38_143685_box_Incident_Summaries_173-233
Agency: Department of War
Page 122
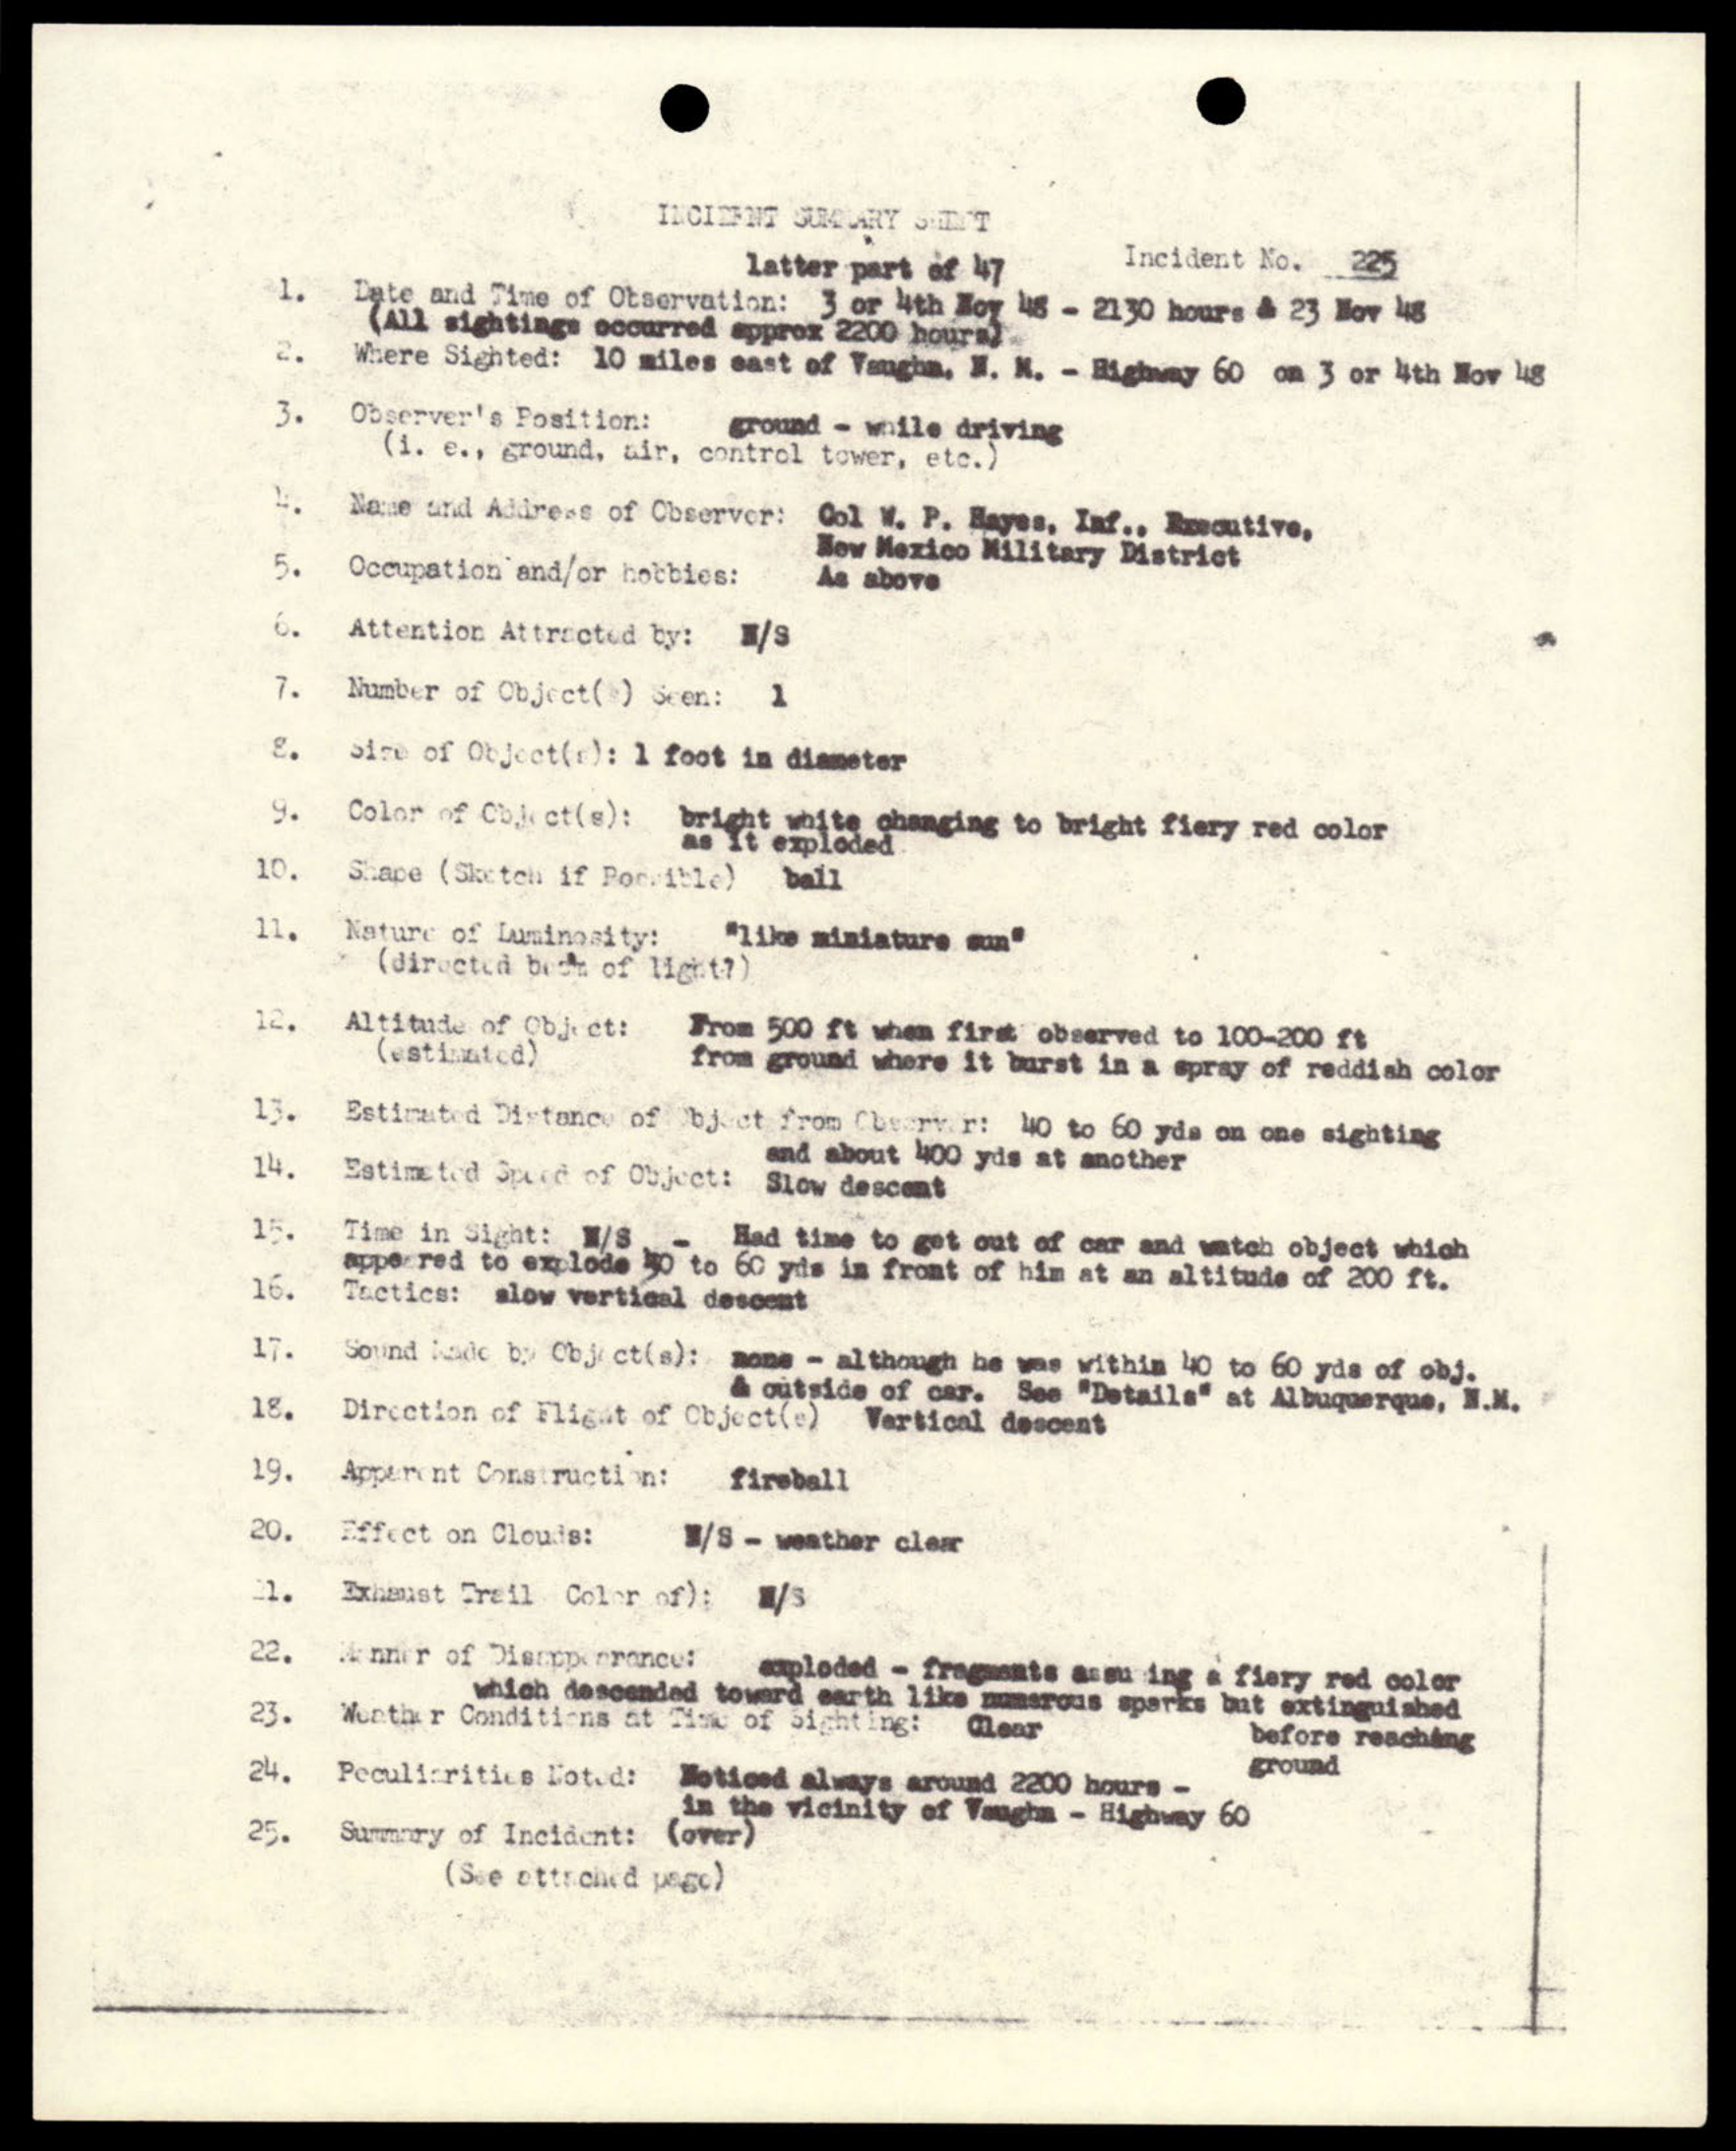